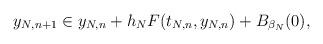
LaTeX: \begin{align*}y_{N,n+1} \in y_{N,n} + h_NF(t_{N,n},y_{N,n}) + B_{\beta_N}(0), \end{align*}